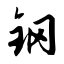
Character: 钢